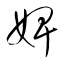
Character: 婢